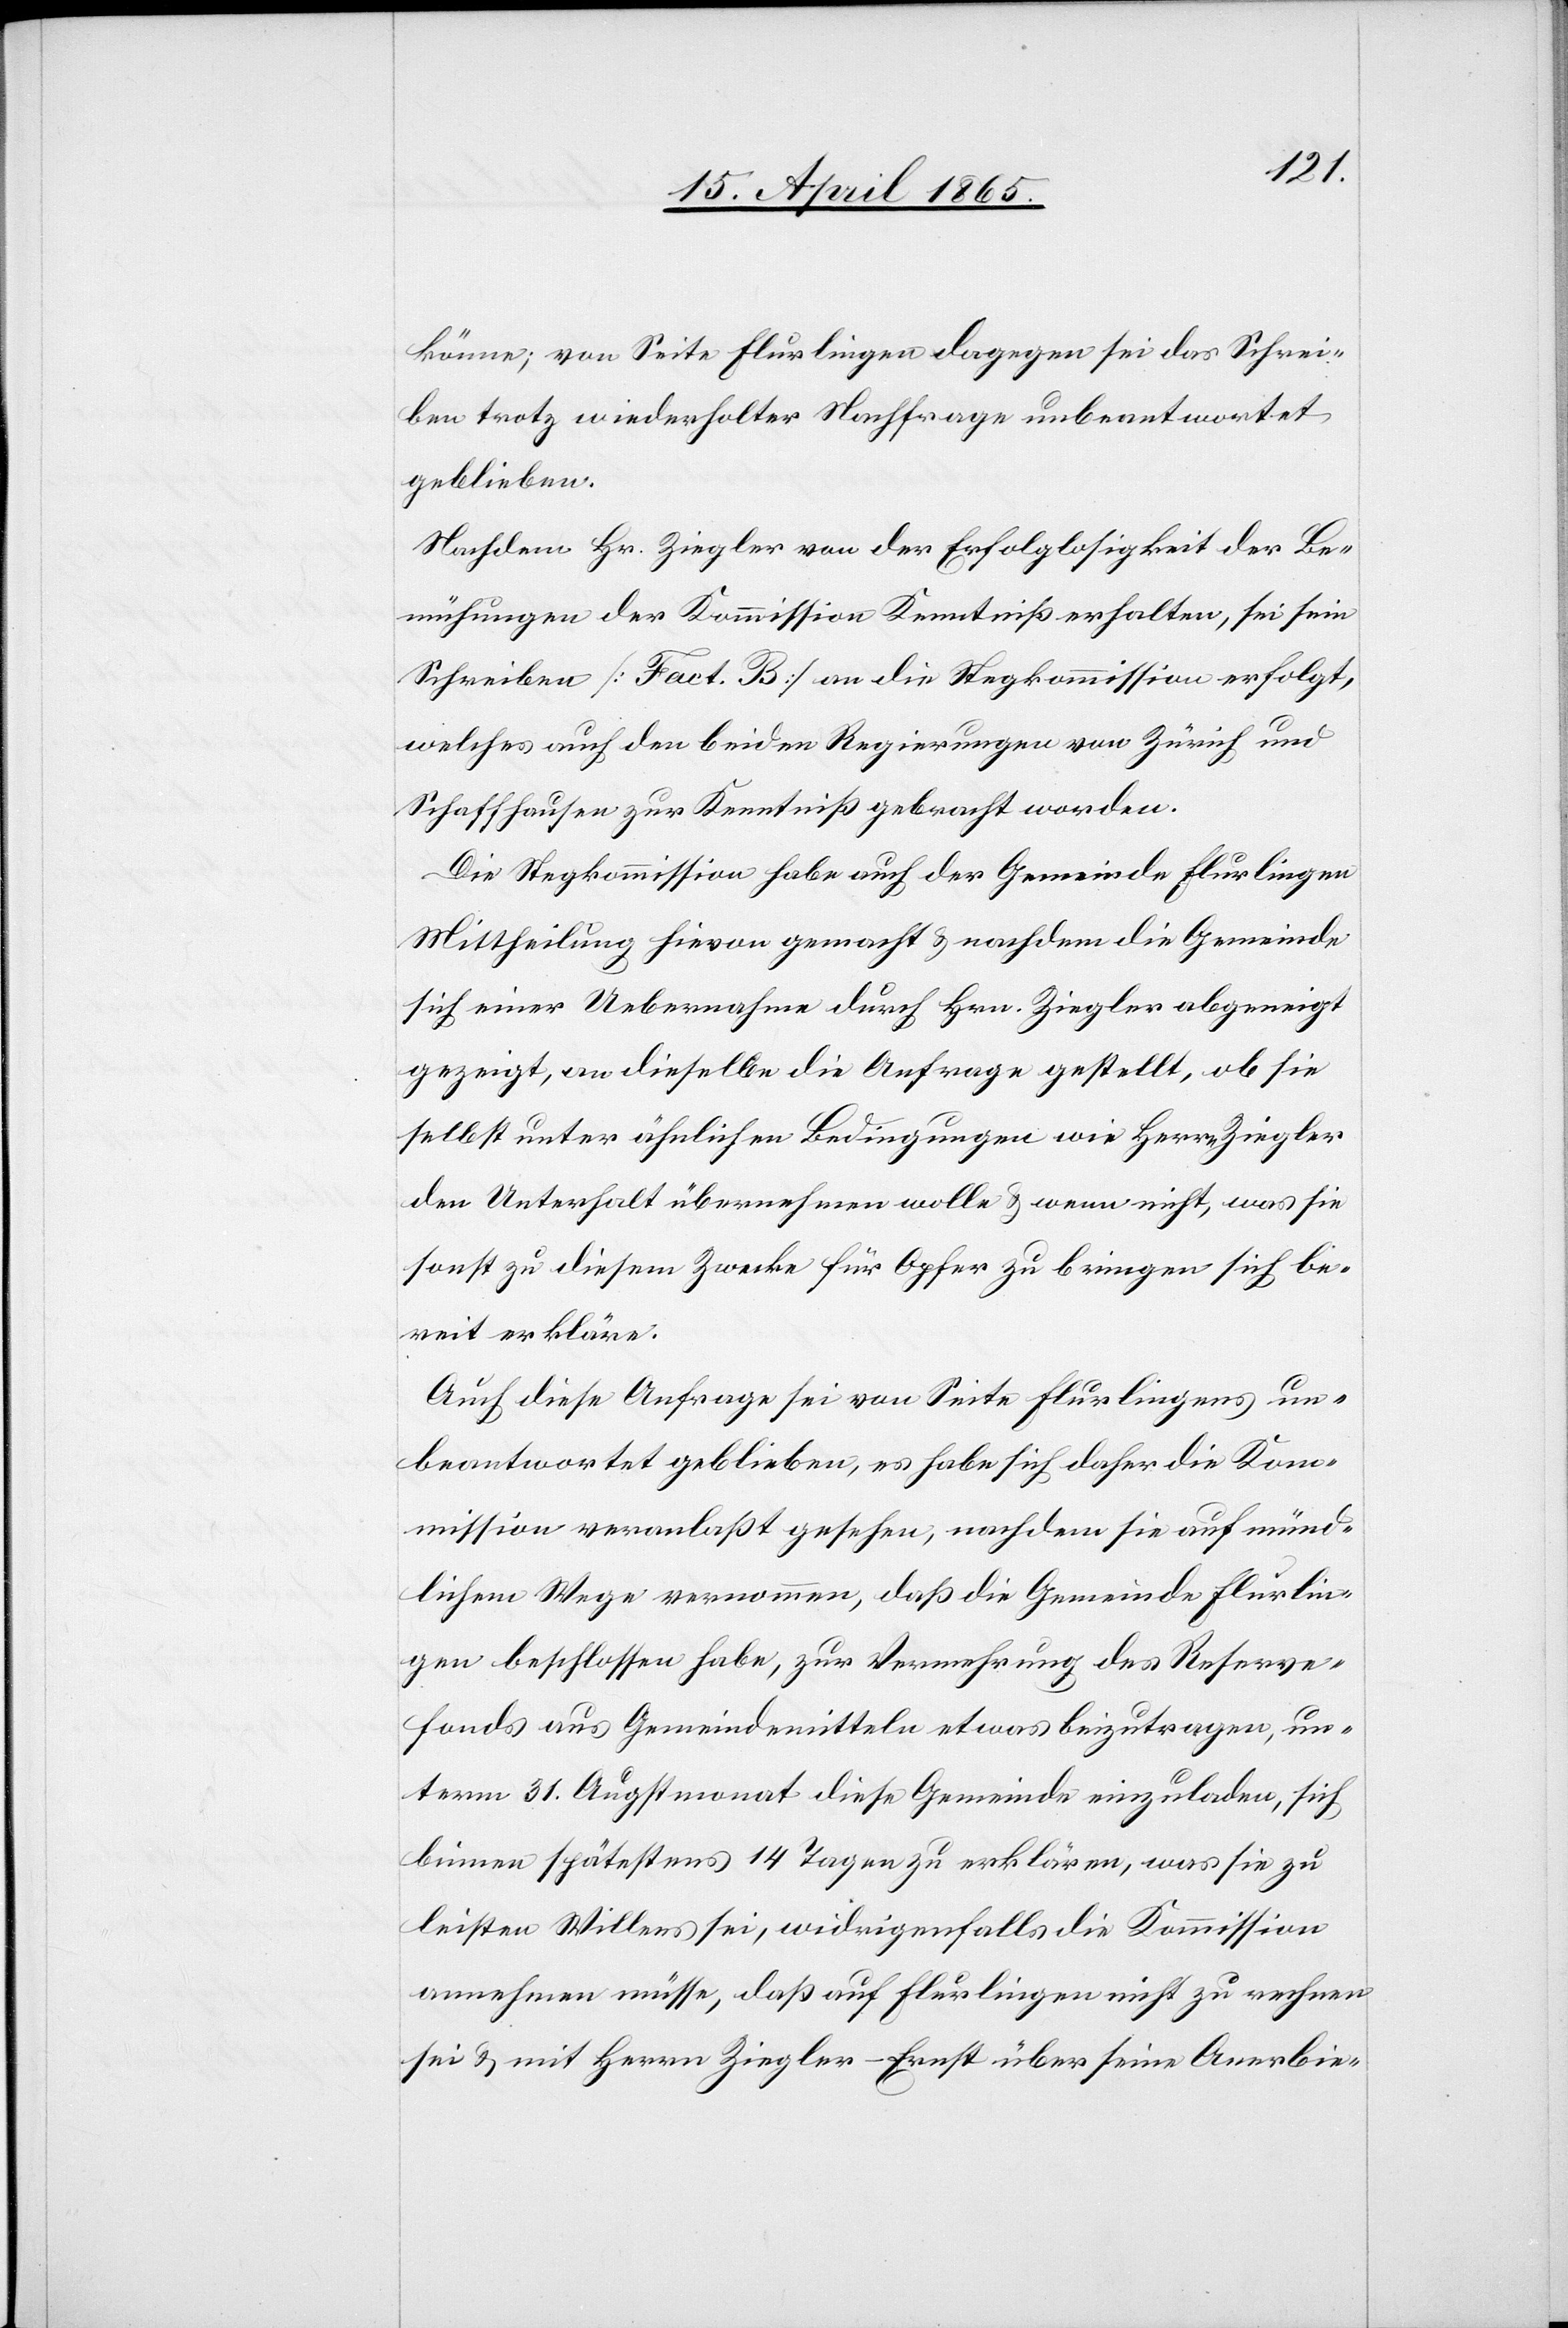
könne; von Seite Flurlingen dagegen sei das Schrei¬
ben trotz wiederholter Nachfrage unbeantwortet
geblieben.
Nachdem Hr. Ziegler von der Erfolglosigkeit der Be¬
mühungen der Kommission Kenntniß erhalten, sei sein
Schreiben [Fact. B] an die Stegkommission erfolgt,
welches auch den beiden Regierungen von Zürich und
Schaffhausen zur Kenntniß gebracht worden.
Die Stegkommission habe auch der Gemeinde Flurlingen
Mittheilung hievon gemacht & nachdem die Gemeinde
sich einer Uebernahme durch Hrn. Ziegler abgeneigt
gezeigt, an dieselbe die Anfrage gestellt, ob sie
selbst unter ähnlichen Bedingungen wie Herrn Ziegler
den Unterhalt übernehmen wolle & wenn nicht, was sie
sonst zu diesem Zwecke für Opfer zu bringen sich be¬
reit erkläre.
Auch diese Anfrage sei von Seite Flurlingens un¬
beantwortet geblieben, es habe sich daher die Kom¬
mission veranlaßt gesehen, nachdem sie auf münd¬
lichem Wege vernommen, daß die Gemeinde Flurlin¬
gen beschlossen habe, zur Vernehmung des Reserve¬
fonds aus Gemeindemitteln etwas beizutragen, un¬
term 31. Augstmonat diese Gemeinde einzuladen, sich
binnen spätestens 14 Tagen zu erklären, was sie zu
leisten Willens sei, widrigenfalls die Kommission
annehmen müsse, daß auf Flurlingen nicht zu rechnen
sei & mit Herrn Ziegler-Ernst über seine Anerbie-